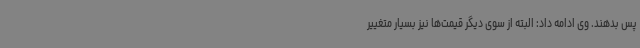
پس بدهند. وی ادامه داد: البته از سوی دیگر قیمت‌ها نیز بسیار متغییر